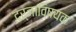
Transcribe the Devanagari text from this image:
दर्जाविषयक